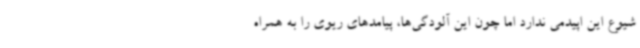
شیوع این اپیدمی ندارد اما چون این آلودگی‌ها، پیامدهای ریوی را به همراه